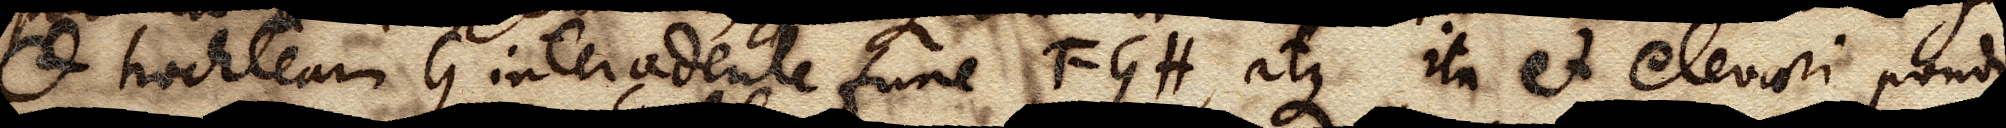
et trochleam G intercedente fune FGH, atque ita et elevari pondus